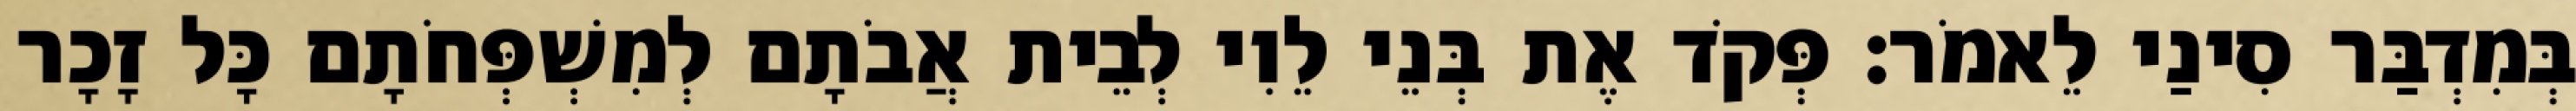
בְּמִדְבַּר סִינַי לֵאמֹר׃ פְּקֹד אֶת בְּנֵי לֵוִי לְבֵית אֲבֹתָם לְמִשְׁפְּחֹתָם כָּל זָכָר